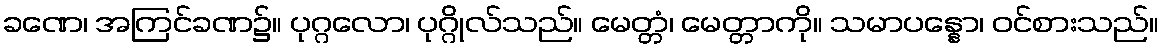
ခဏေ၊ အကြင်ခဏ၌။ ပုဂ္ဂလော၊ ပုဂ္ဂိုလ်သည်။ မေတ္တံ၊ မေတ္တာကို။ သမာပန္နော၊ ဝင်စားသည်။